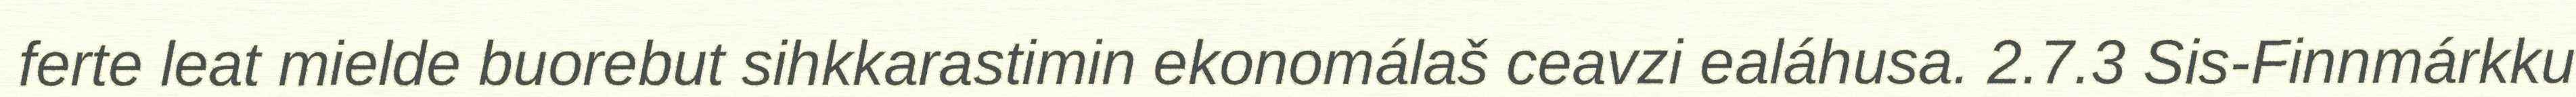
ferte leat mielde buorebut sihkkarastimin ekonomálaš ceavzi ealáhusa. 2.7.3 Sis-Finnmárkku